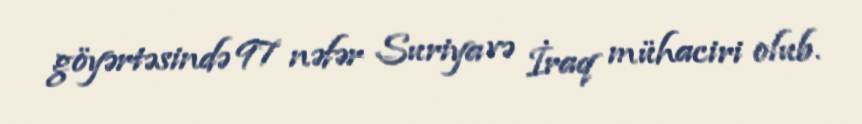
göyərtəsində 97 nəfər Suriya və İraq mühaciri olub.